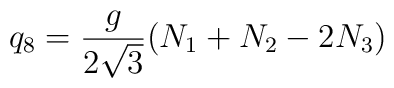
q_8 = {g \over {2\sqrt{3}}} (N_1+N_2-2N_3)